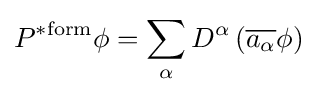
P^{\mathrm {*form} }\phi =\sum _{\alpha }D^{\alpha }\left({\overline {a_{\alpha }}}\phi \right)